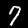
Digit: 7